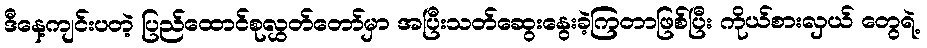
ဒီနေ့ကျင်းပတဲ့ ပြည်ထောင်စုလွှတ်တော်မှာ အပြီးသတ်ဆွေးနွေးခဲ့ကြတာဖြစ်ပြီး ကိုယ်စားလှယ် တွေရဲ့